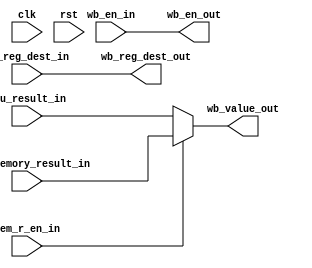
module WB_stage(
    input               clk,
    input               rst,
    input               wb_en_in,
    input               mem_r_en_in,
    input       [31:0]  alu_result_in,
    input       [31:0]  data_memory_result_in,
    input       [3:0]   wb_reg_dest_in,
    
    output      [31:0]  wb_value_out,
    output              wb_en_out,
    output      [3:0]   wb_reg_dest_out
);

    // control signals passing
    assign wb_reg_dest_out      = wb_reg_dest_in;
    assign wb_en_out            = wb_en_in;

    // mux
    assign wb_value_out         = (mem_r_en_in) ? (data_memory_result_in) : (alu_result_in);

endmodule